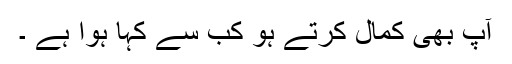
آپ بھی کمال کرتے ہو کب سے کہا ہوا ہے ۔